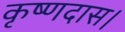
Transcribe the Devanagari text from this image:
कृष्णदास।